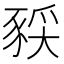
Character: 𫎈